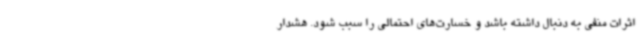
اثرات منفی به دنبال داشته باشد و خسارت‌های احتمالی را سبب شود. هشدار